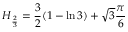
H _ { \frac { 2 } { 3 } } = { \frac { 3 } { 2 } } ( 1 - \ln { 3 } ) + { \sqrt { 3 } } { \frac { \pi } { 6 } }